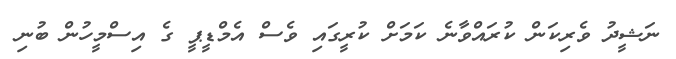
ނަޝީދު ވެރިކަން ކުރައްވާނެ ކަމަށް ކުރީގައި ވެސް އެމްޑީޕީ ގެ އިސްމީހުން ބުނި